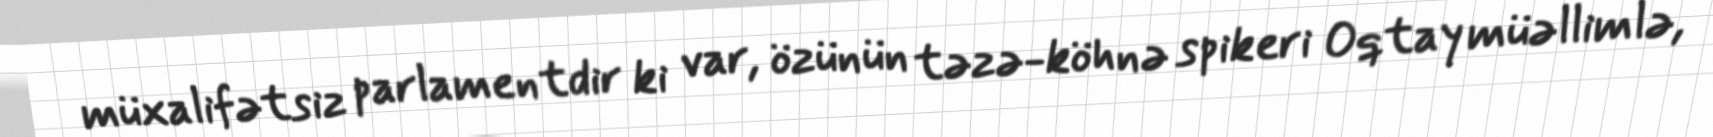
müxalifətsiz parlamentdir ki var, özünün təzə-köhnə spikeri Oqtay müəllimlə,